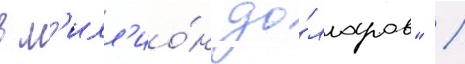
в м'илл'ио́н до́лларов" /